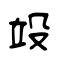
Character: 竐